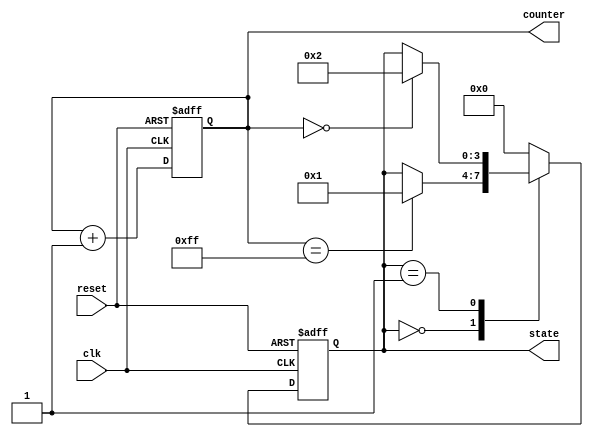
module initialization_example (
    input wire clk,
    input wire reset,
    output reg [7:0] counter,
    output reg [3:0] state
);

// Define states for a simple state machine
parameter STATE_IDLE = 4'b0000;
parameter STATE_RUN  = 4'b0001;
parameter STATE_STOP = 4'b0010;

// Initialization Block
initial begin
    // Initialize counter to zero
    counter = 8'b00000000;
    
    // Initialize state to IDLE
    state = STATE_IDLE;
    
    // Additional initialization can be done here
end

// Sequential logic for counter and state machine
always @(posedge clk or posedge reset) begin
    if (reset) begin
        // Reset logic
        counter <= 8'b00000000;
        state <= STATE_IDLE;
    end else begin
        // Example logic for counter
        counter <= counter + 1;

        // Example state machine logic
        case (state)
            STATE_IDLE: begin
                if (counter == 8'b11111111) begin
                    state <= STATE_RUN;
                end
            end
            STATE_RUN: begin
                // Some running logic
                if (counter == 8'b00000000) begin
                    state <= STATE_STOP;
                end
            end
            STATE_STOP: begin
                // Some stopping logic
                state <= STATE_IDLE;
            end
            default: state <= STATE_IDLE;
        endcase
    end
end

endmodule